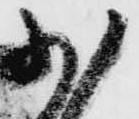
少